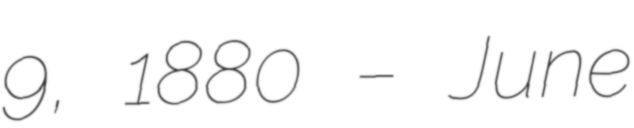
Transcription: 9, 1880 – June